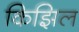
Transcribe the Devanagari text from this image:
किझिल